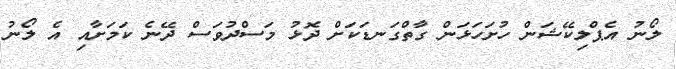
ލޯނު އެޕްލިކޭޝަން ހުށަހަޅަން ގާތްގަނޑަކަށް ދޮޅު މަސްދުވަަސް ދޭނެ ކަމަށާއި އެ ލޯނު